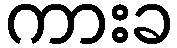
ကားခ